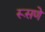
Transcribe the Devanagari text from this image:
रूसणे